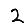
Digit: 2